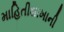
માહિતીશાખાની